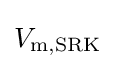
V_{{\text{m}},{\text{SRK}}}